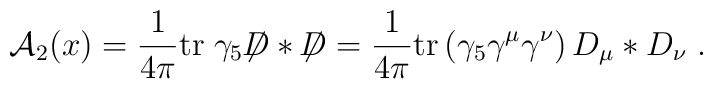
{\cal A}_2(x)  = \frac{1}{4\pi} {\rm tr}\; \gamma_5 {\not \!\! D} *{\not \!\! D} = \frac{1}{4\pi} {\rm tr }\left(  \gamma_5 \gamma^\mu\gamma^\nu \right)D_\mu* D_\nu \; .